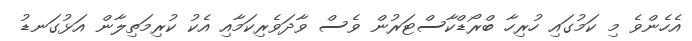
އެހެންވެ މި ކަމުގައި ހުރިހާ ބްރޯޑްކާސްޓަރުން ވެސް ވާދަވެރިކަމާއި އެކު ކުރިމަތިލާން އަޅުގަނޑު